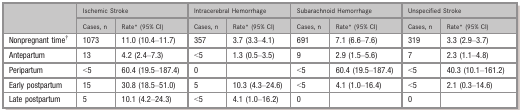
| <ROWSPAN=2>  | <COLSPAN=2> Ischemic Stroke | <COLSPAN=2> Intracerebral Hemorrhage | <COLSPAN=2> Subarachnoid Hemorrhage | <COLSPAN=2> Unspecified Stroke |
 | Cases, n | Ratea (95% CI) | Cases, n | Ratea (95% CI) | Cases, n | Ratea (95% CI) | Cases, n | Ratea (95% CI) |
 | --- | --- | --- | --- | --- | --- | --- | --- | --- |
 | Nonpregnant timeb | 1073 | 11.0 (10.4–11.7) | 357 | 3.7 (3.3–4.1) | 691 | 7.1 (6.6–7.6) | 319 | 3.3 (2.9–3.7) |
 | Antepartum | 13 | 4.2 (2.4–7.3) | <5 | 1.3 (0.5–3.5) | 9 | 2.9 (1.5–5.6) | 7 | 2.3 (1.1–4.8) |
 | Peripartum | <5 | 60.4 (19.5–187.4) | 0 |  | <5 | 60.4 (19.5–187.4) | <5 | 40.3 (10.1–161.2) |
 | Early postpartum | 15 | 30.8 (18.5–51.0) | 5 | 10.3 (4.3–24.6) | <5 | 4.1 (1.0–16.4) | <5 | 2.1 (0.3–14.6) |
 | Late postpartum | 5 | 10.1 (4.2–24.3) | <5 | 4.1 (1.0–16.2) | 0 |  | 0 |  |